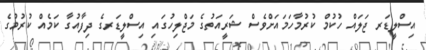
އިސްލީޑަރ ޖަލައް ހުކުމް ކުރުމާހަމައަށްވެސް ޝަރީއަތުގެ މަޖްލިހުގައި އިސްލީޑަރގެ ދިފާއުގާ ކަމެއް ކުރުމުގެ